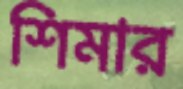
শিমার